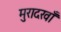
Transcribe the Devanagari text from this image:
मुरादखाँ